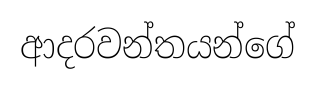
ආදරවන්තයන්ගේ